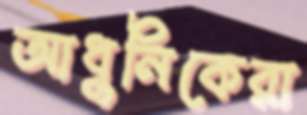
আধুনিকেরা